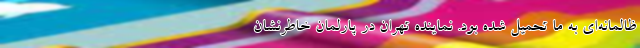
ظالمانه‌ای به ما تحمیل شده بود. نماینده تهران در پارلمان خاطرنشان